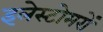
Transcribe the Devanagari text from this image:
इलेस्टोमरों